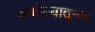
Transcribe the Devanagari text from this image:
अकोल्यातूनच